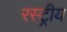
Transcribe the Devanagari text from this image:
रस्ट्रीय